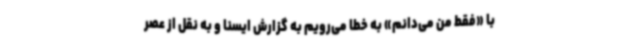
با «فقط من می‌دانم» به خطا می‌رویم به گزارش ایسنا و به نقل از عصر